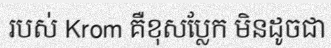
របស់ Krom គឺខុសប្លែក មិនដូចជា